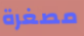
مصغرة